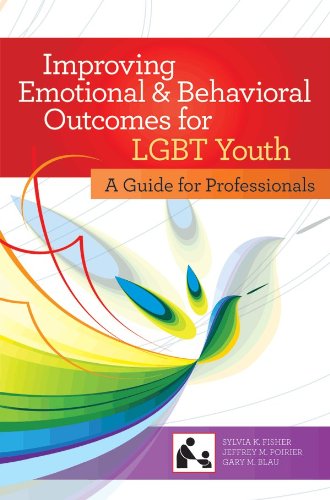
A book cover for Improving Emotional and Behavioral Outcomes for LGBT Youth: A Guide for Professionals (SCCMH); Ph.D. Sylvia K. Fisher; Gay & Lesbian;